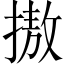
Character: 𢳆